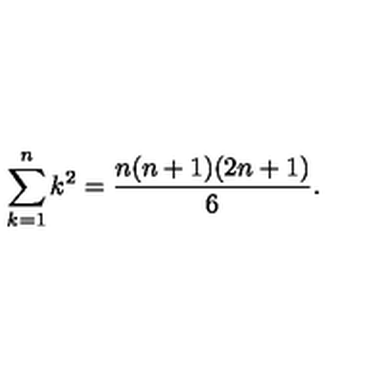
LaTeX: \sum _ { k = 1 } ^ { n } k ^ { 2 } = \frac { n ( n + 1 ) ( 2 n + 1 ) } { 6 } .